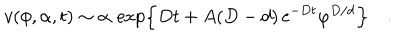
v ( \phi , \alpha , t ) \sim \alpha \, \exp \left\{ D t + A ( D - d ) \, \mathrm { e } ^ { - D t } \varphi ^ { D / d } \right\} \quad .